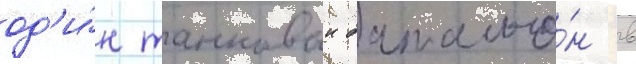
од'и́н танковыи батальо́н в